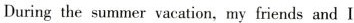
During the summer vacation，my friends and I